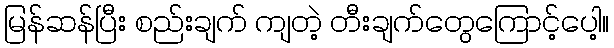
မြန်ဆန်ပြီး စည်းချက် ကျတဲ့ တီးချက်တွေကြောင့်ပေါ့။